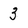
Character: 3